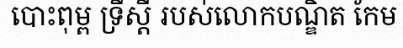
បោះពុម្ព ទ្រឹស្តី របស់លោកបណ្ឌិត កែម